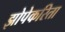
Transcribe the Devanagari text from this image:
झोपेकरिता